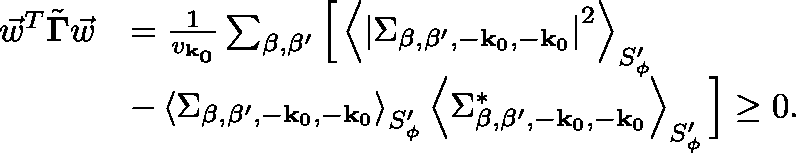
\begin{array} { r l } { \vec { w } ^ { T } \tilde { \mathbf { \Gamma } } \vec { w } } & { = \frac { 1 } { v _ { \mathbf { k _ { 0 } } } } \sum _ { \beta , \beta ^ { \prime } } \Big [ \left< \left| \Sigma _ { \beta , \beta ^ { \prime } , - { \mathbf { k } _ { 0 } } , - { \mathbf { k } _ { 0 } } } \right| ^ { 2 } \right> _ { S _ { \phi } ^ { \prime } } } \\ & { - \left< \Sigma _ { \beta , \beta ^ { \prime } , - { \mathbf { k } _ { 0 } } , - { \mathbf { k } _ { 0 } } } \right> _ { S _ { \phi } ^ { \prime } } \left< \Sigma _ { \beta , \beta ^ { \prime } , - { \mathbf { k } _ { 0 } } , - { \mathbf { k } _ { 0 } } } ^ { * } \right> _ { S _ { \phi } ^ { \prime } } \Big ] \geq 0 . } \end{array}